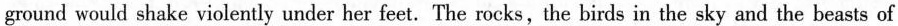
ground would shake violently under her feet. The rocks, the birds in the sky and the beasts of